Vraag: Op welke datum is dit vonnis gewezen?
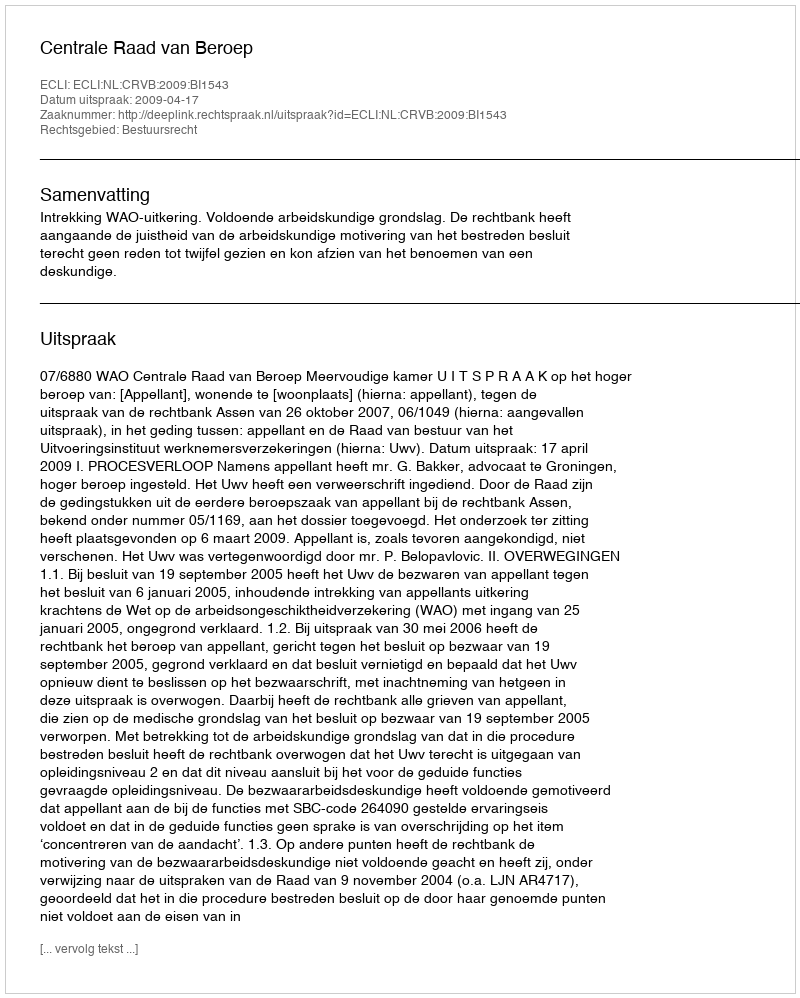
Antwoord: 2009-04-17